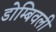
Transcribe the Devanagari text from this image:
डोम्बिवली